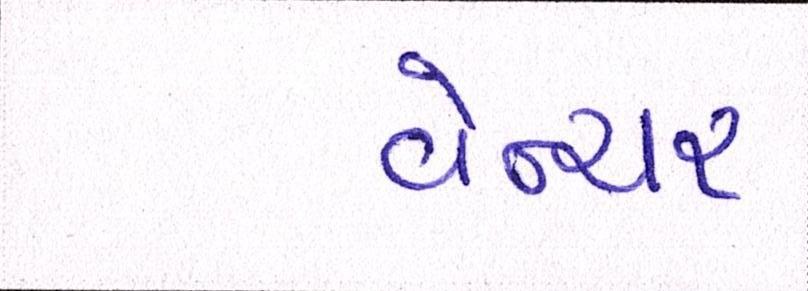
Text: વેન્ચર